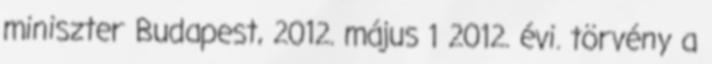
miniszter Budapest, 2012. május 1 2012. évi. törvény a